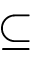
\subseteq